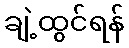
ချဲ့ထွင်ရန်